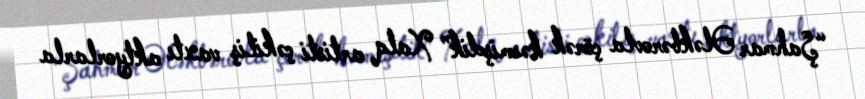
“Şahmar Ələkbərovla çörək kəsmişdik” Xalq artisti çəkiliş vaxtı aktyorlarla